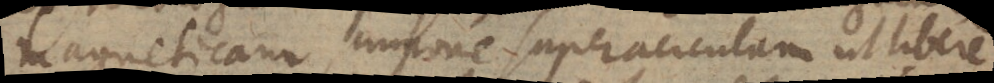
magneticam, impone super aciculam ut libere